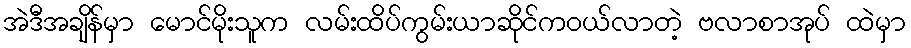
အဲဒီအချိန်မှာ မောင်မိုးသူက လမ်းထိပ်ကွမ်းယာဆိုင်ကဝယ်လာတဲ့ ဗလာစာအုပ် ထဲမှာ